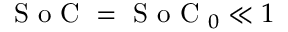
\textrm { S o C } = \textrm { S o C } _ { 0 } \ll 1